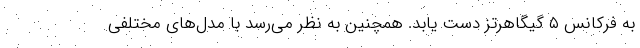
به فرکانس ۵ گیگاهرتز دست یابد. همچنین به نظر می‌رسد با مدل‌های مختلفی